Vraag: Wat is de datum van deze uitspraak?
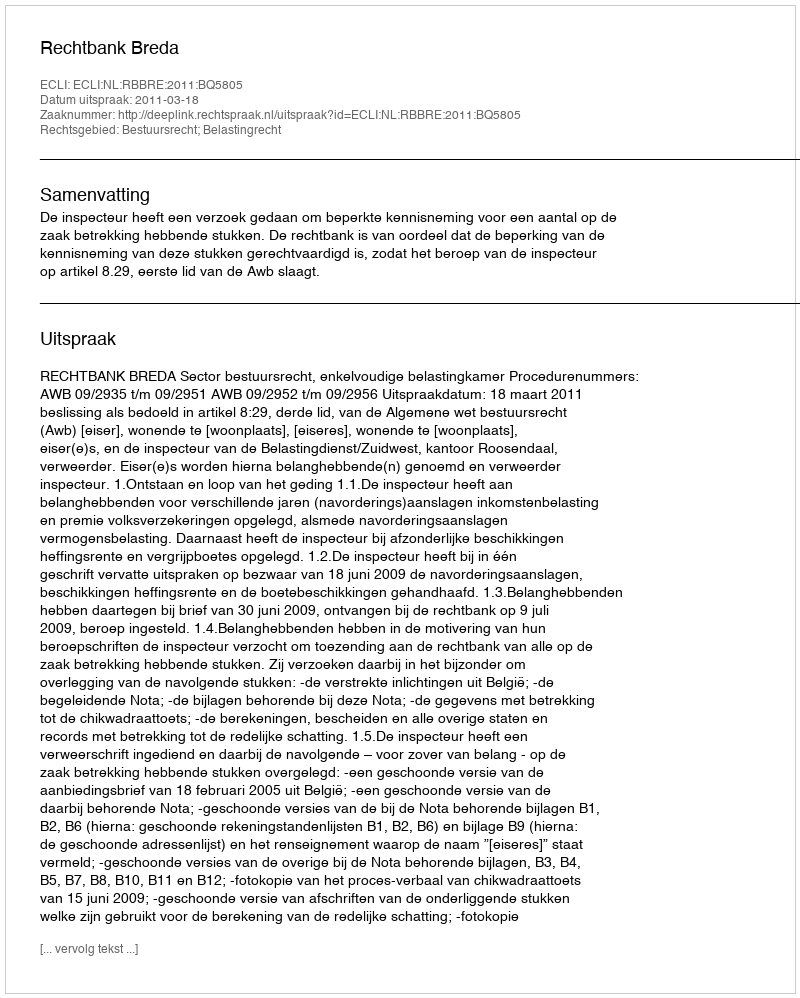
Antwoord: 2011-03-18